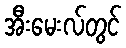
အီးမေးလ်တွင်